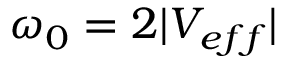
\omega _ { 0 } = 2 | V _ { e f f } |